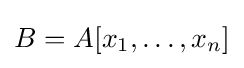
B=A[x_{1},\dots ,x_{n}]